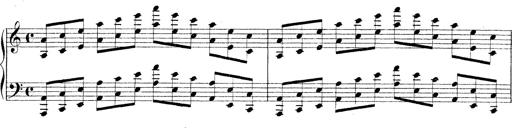
Title: Technische Studien
Composer: Franz Liszt